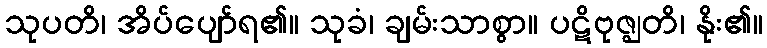
သုပတိ၊ အိပ်ပျော်ရ၏။ သုခံ၊ ချမ်းသာစွာ။ ပဋိဗုဇ္ဈတိ၊ နိုး၏။